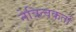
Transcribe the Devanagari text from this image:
नेत्रित्वकर्ता